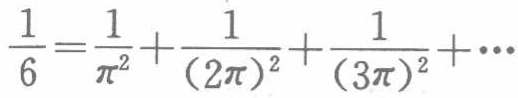
$\frac{1}{6}=\frac{1}{\pi^{2}}+\frac{1}{(2\pi)^{2}}+\frac{1}{(3\pi)^{2}}+\cdots$